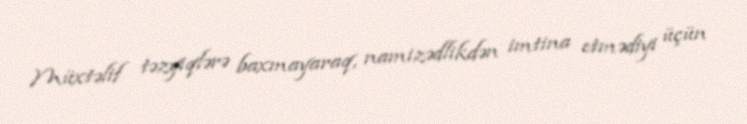
Müxtəlif təzyiqlərə baxmayaraq, namizədlikdən imtina etmədiyi üçün